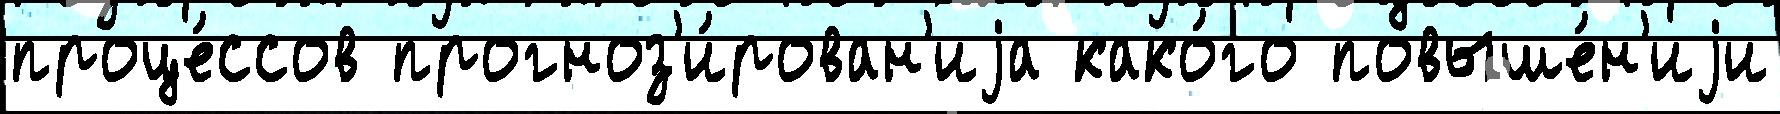
проце́ссов прогноз'и́рован'иjа како́го повыше́н'иjи